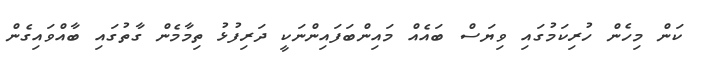
ކަން މިހެން ހުރިކަމުގައި ވިޔަސް ބައެއް މައިންބަފައިންނަކީ ދަރިފުޅު ތިމާމެން ގާތުގައި ބާއްވައިގެން